Civil Veterinary Department Bengal reports 1933-51 - 1933-1951
Year: 1933
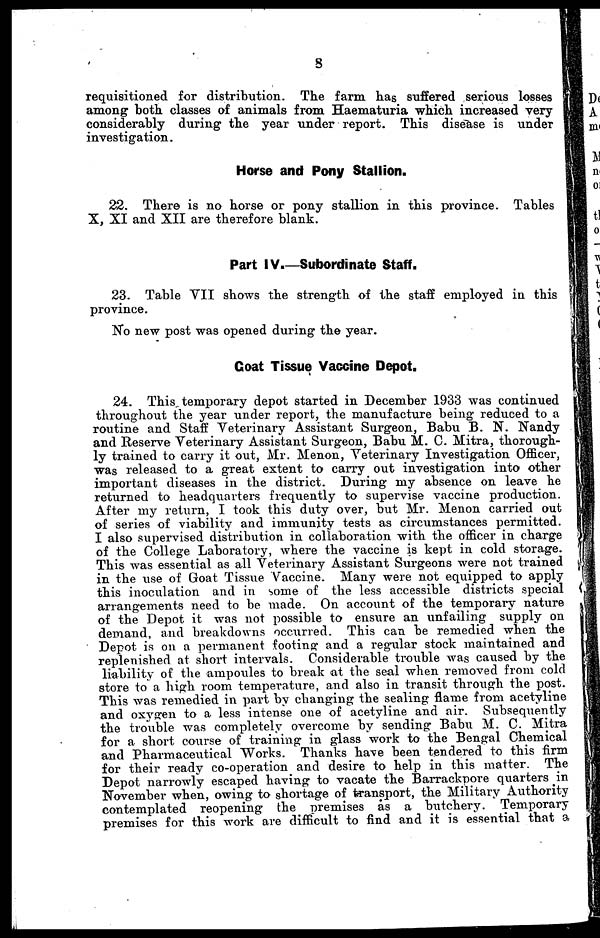
8
requisitioned for distribution. The farm has suffered serious losses
among both classes of animals from Haematuria which increased very
considerably during the year under report. This disease is under
investigation.
Horse and Pony Stallion.
22. There is no horse or pony stallion in this province. Tables
X, XI and XII are therefore blank.
Part IV.—Subordinate Staff.
23. Table VII shows the strength of the staff employed in this
province.
No new post was opened during the year.
Coat Tissue Vaccine Depot.
24. This temporary depot started in December 1933 was continued
throughout the year under report, the manufacture being reduced to a
routine and Staff Veterinary Assistant Surgeon, Babu B. N. Nandy
and Reserve Veterinary Assistant Surgeon, Babu M. C. Mitra, thorough-
ly trained to carry it out, Mr. Menon, Veterinary Investigation Officer,
was released to a great extent to carry out investigation into other
important diseases in the district. During my absence on leave he
returned to headquarters frequently to supervise vaccine production.
After my return, I took this duty over, but Mr. Menon carried out
of series of viability and immunity tests as circumstances permitted.
I also supervised distribution in collaboration with the officer in charge
of the College Laboratory, where the vaccine is kept in cold storage.
This was essential as all Veterinary Assistant Surgeons were not trained
in the use of Goat Tissue Vaccine. Many were not equipped to apply
this inoculation and in some of the less accessible districts special
arrangements need to be made. On account of the temporary nature
of the Depot it was not possible to ensure an unfailing supply on
demand, and breakdowns occurred. This can be remedied when the
Depot is on a permanent footing and a regular stock maintained and
replenished at short intervals. Considerable trouble was caused by the
liability of the ampoules to break at the seal when removed from cold
store to a high room temperature, and also in transit through the post.
This was remedied in part by changing the sealing flame from acetyline
and oxygen to a less intense one of acetyline and air. Subsequently
the trouble was completely overcome by sending Babu M. C. Mitra
for a short course of training in glass work to the Bengal Chemical
and Pharmaceutical Works. Thanks have been tendered to this firm
for their ready co-operation and desire to help in this matter. The
Depot narrowly escaped having to vacate the Barrackpore quarters in
November when, owing to shortage of transport, the Military Authority
contemplated reopening the premises as a butchery. Temporary
premises for this work are difficult to find and it is essential that a